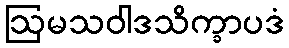
ဩမသဝါဒသိက္ခာပဒံ